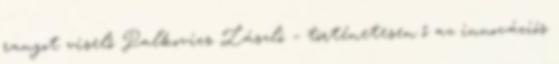
rangot viselő Palkovics László – történetesen ő az innovációs